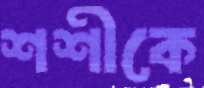
শশীকে